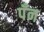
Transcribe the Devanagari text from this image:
पँन